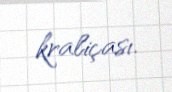
kraliçası.